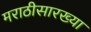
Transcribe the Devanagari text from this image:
मराठीसारख्या